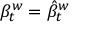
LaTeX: \beta _ { t } ^ { w } = { \hat { \beta } } _ { t } ^ { w }